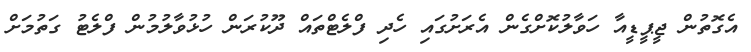
އެގޮތުން ޖީޕީޑީއާ ހަވާލުކޮށްގެން އެރަށުގައި ހެދި ފްލެޓްތައް ދޫކުރަން ހުޅުވާލުމުން ފްލެޓު ގަތުމަށް